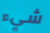
شيء